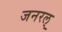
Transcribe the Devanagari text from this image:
जनरल्